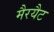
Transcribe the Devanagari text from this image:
मैरयैट